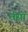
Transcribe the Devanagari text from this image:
धँसो